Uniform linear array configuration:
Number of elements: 16
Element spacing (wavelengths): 0.75
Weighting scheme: exponential
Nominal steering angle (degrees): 0
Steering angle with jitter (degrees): -0.757
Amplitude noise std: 0.05
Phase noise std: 0.05

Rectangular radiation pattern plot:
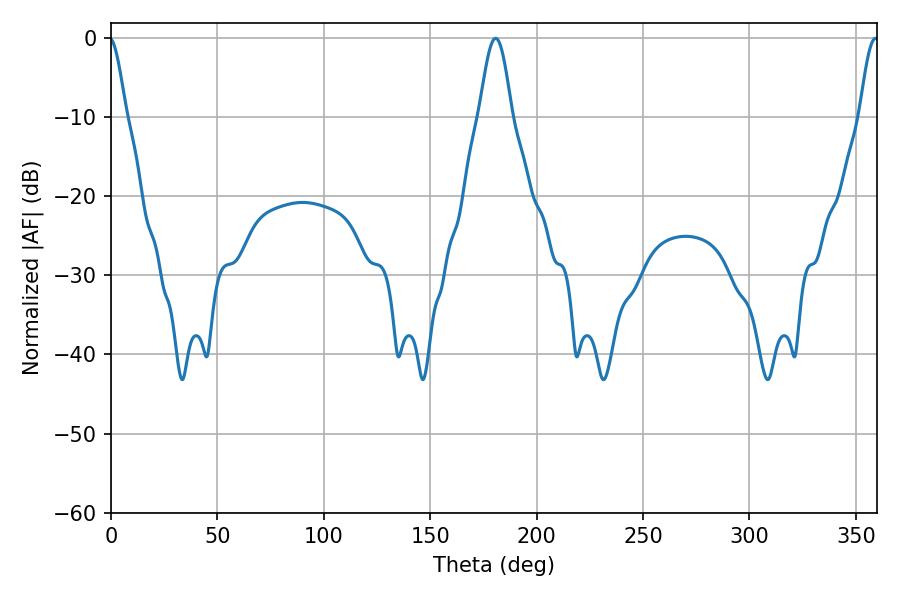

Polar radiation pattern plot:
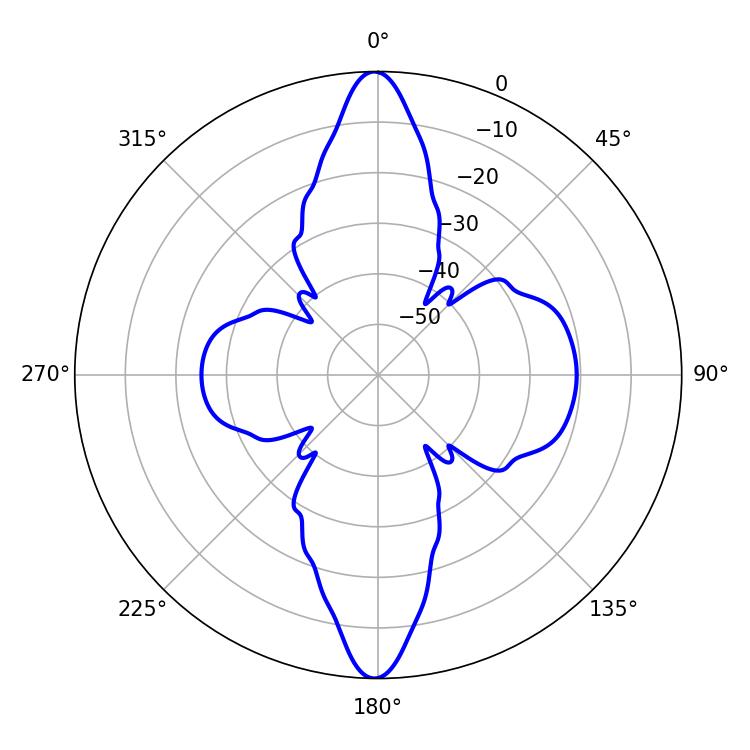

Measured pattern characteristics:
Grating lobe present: TRUE
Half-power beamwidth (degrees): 8.1
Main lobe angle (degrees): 180.72